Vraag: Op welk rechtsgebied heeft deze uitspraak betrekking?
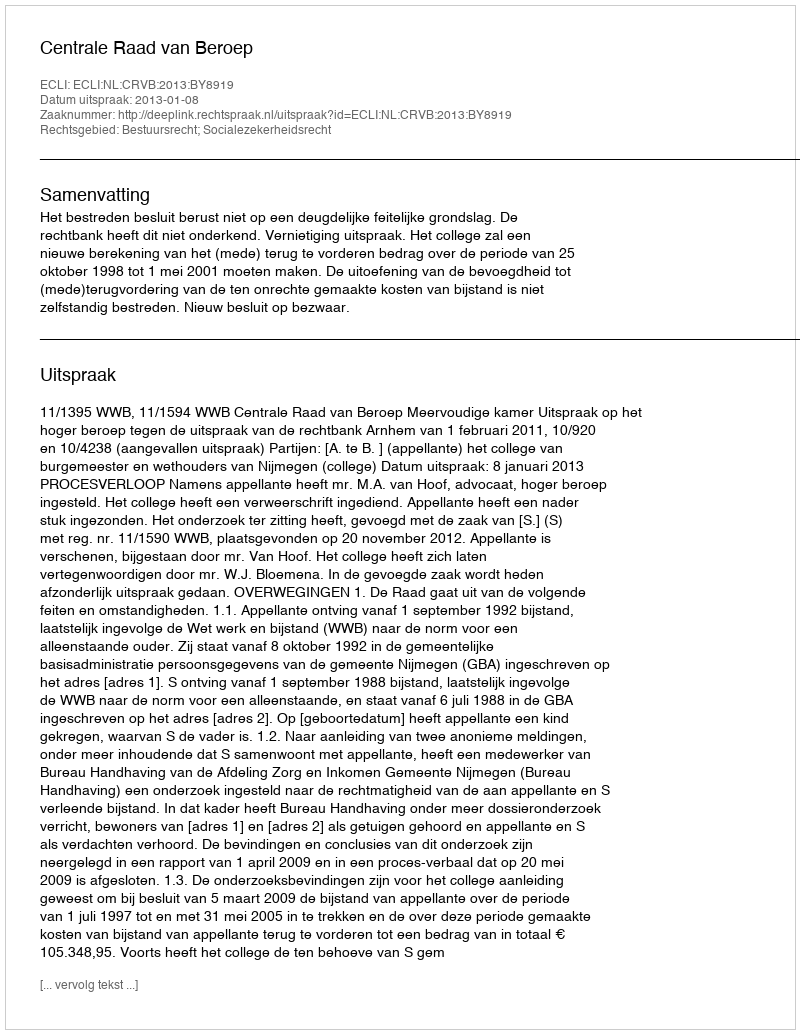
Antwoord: Bestuursrecht; Socialezekerheidsrecht